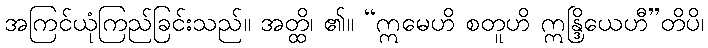
အကြင်ယုံကြည်ခြင်းသည်။ အတ္ထိ၊ ၏။ “ဣမေဟိ စတူဟိ ဣန္ဒြိယေဟီ”တိပိ၊